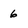
Character: 6